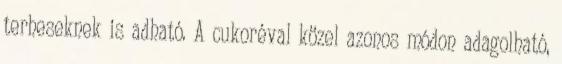
terheseknek is adható. A cukoréval közel azonos módon adagolható,